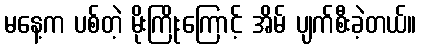
မနေ့က ပစ်တဲ့ မိုးကြိုးကြောင့် အိမ် ပျက်စီးခဲ့တယ်။